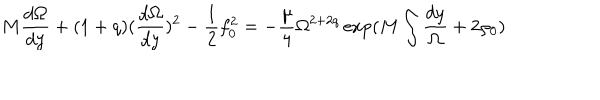
M \frac { d \Omega } { d y } + ( 1 + q ) ( \frac { d \Omega } { d y } ) ^ { 2 } - \frac { 1 } { 2 } f _ { 0 } ^ { 2 } = - \frac { \mu } { 4 } \Omega ^ { 2 + 2 q } \exp ( M \int \frac { d y } { \Omega } + 2 \rho _ { 0 } )